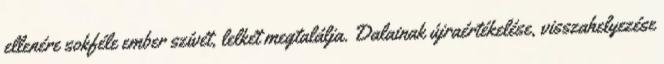
ellenére sokféle ember szívét, lelkét megtalálja. Dalainak újraértékelése, visszahelyezése